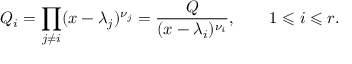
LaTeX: Q _ { i } = \prod _ { j \neq i } ( x - \lambda _ { j } ) ^ { \nu _ { j } } = { \frac { Q } { ( x - \lambda _ { i } ) ^ { \nu _ { i } } } } , \qquad 1 \leqslant i \leqslant r .